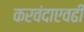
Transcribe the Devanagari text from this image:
करवंदाएवढी